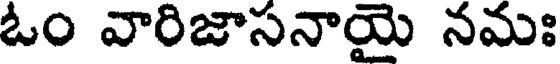
ఓం వారిజాసనాయై నమః